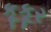
કૂકૂર